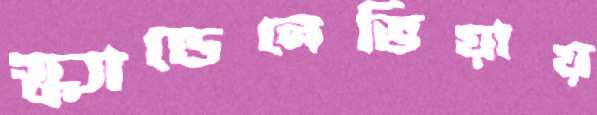
স্ক্যান্ডেনেভিয়ায়